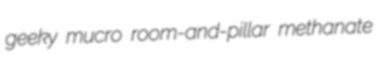
geeky mucro room-and-pillar methanate